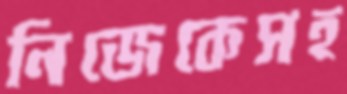
নিজেকেসহ